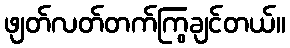
ဖျတ်လတ်တက်ကြွချင်တယ်။